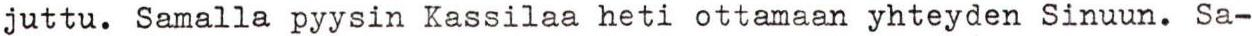
juttu. Samalla pyysin Kassilaa heti ottamaan yhteyden Sinuun. Sa-